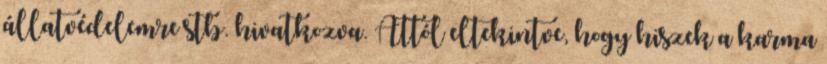
állatvédelemre stb. hivatkozva. Attól eltekintve, hogy hiszek a karma